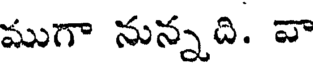
ముగా నున్నది. వా